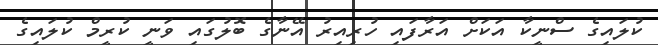
ކުލައިގެ ސްނީކާ އަކަށް އަރާފައި ހުރިއިރު އޭނާގެ ބޮލުގައި ވަނީ ކުރީމް ކުލައިގެ